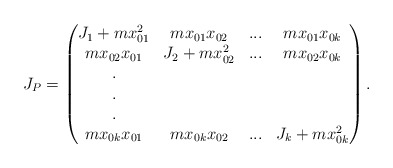
\begin{align*}J_P=\left(\begin{matrix}J_1+mx_{01}^2&mx_{01}x_{02}&...&mx_{01}x_{0k}\\ mx_{02}x_{01}&J_2+mx_{02}^2&...&mx_{02}x_{0k}\\ .& & &\\ .& & &\\ .& & &\\ mx_{0k}x_{01}&mx_{0k}x_{02}&...&J_k+mx_{0k}^2\end{matrix}\right).\end{align*}